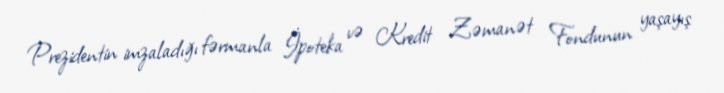
Prezidentin imzaladığı fərmanla İpoteka və Kredit Zəmanət Fondunun yaşayış